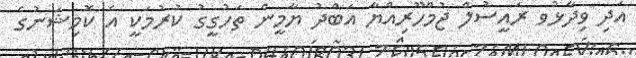
އަދި ވިދާޅުވ ރައީސުލް ޖުމްހޫރިއްޔާ އަބްދު ޔާމީން ތަހުގީގު ކުރުމަކީ އެ ކޮމިޝަނުގެ